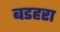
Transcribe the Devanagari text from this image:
बडहरा